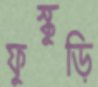
ফুস্কুড়ি